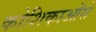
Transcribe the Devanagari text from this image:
कोशिकाओंसे